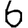
Digit: 6